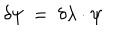
\delta \psi ~ = ~ \delta \lambda \cdot \psi